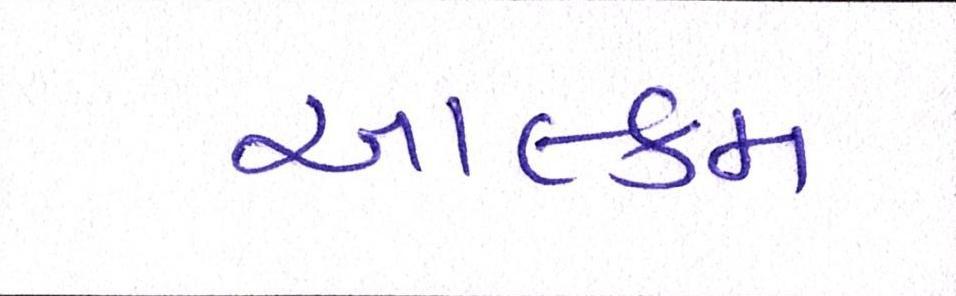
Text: આલ્કમ